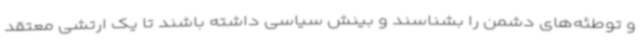
و توطئه‌های دشمن را بشناسند و بینش سیاسی داشته باشند تا یک ارتشی معتقد